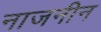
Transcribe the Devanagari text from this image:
नाजनीन